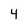
Character: 4